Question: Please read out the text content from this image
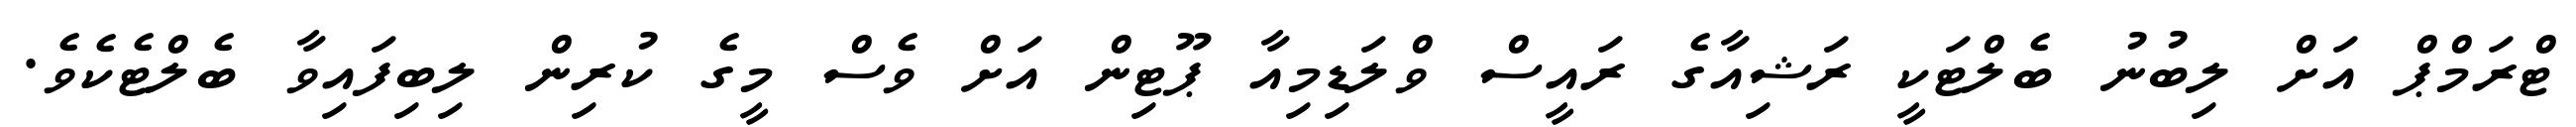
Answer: ޓްރަމްޕް އަށް ލިބުނު ބެލްޓަކީ ރަޝިއާގެ ރައީސް ވްލަޑިމިއާ ޕޫޓިން އަށް ވެސް މީގެ ކުރިން ލިބިފައިވާ ބެލްޓެކެވެ.